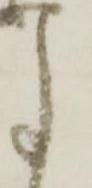
事